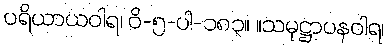
ပရိယာယဝါရ၊ ဝိ-၅-ပါ-၁၈၃။ ။သမုဋ္ဌာပနဝါရ၊